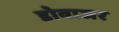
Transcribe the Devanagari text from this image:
डोवाजर